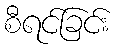
စီရင်ခြင်း